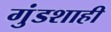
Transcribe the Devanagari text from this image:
गुंडशाही